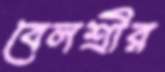
বেলশ্রীর